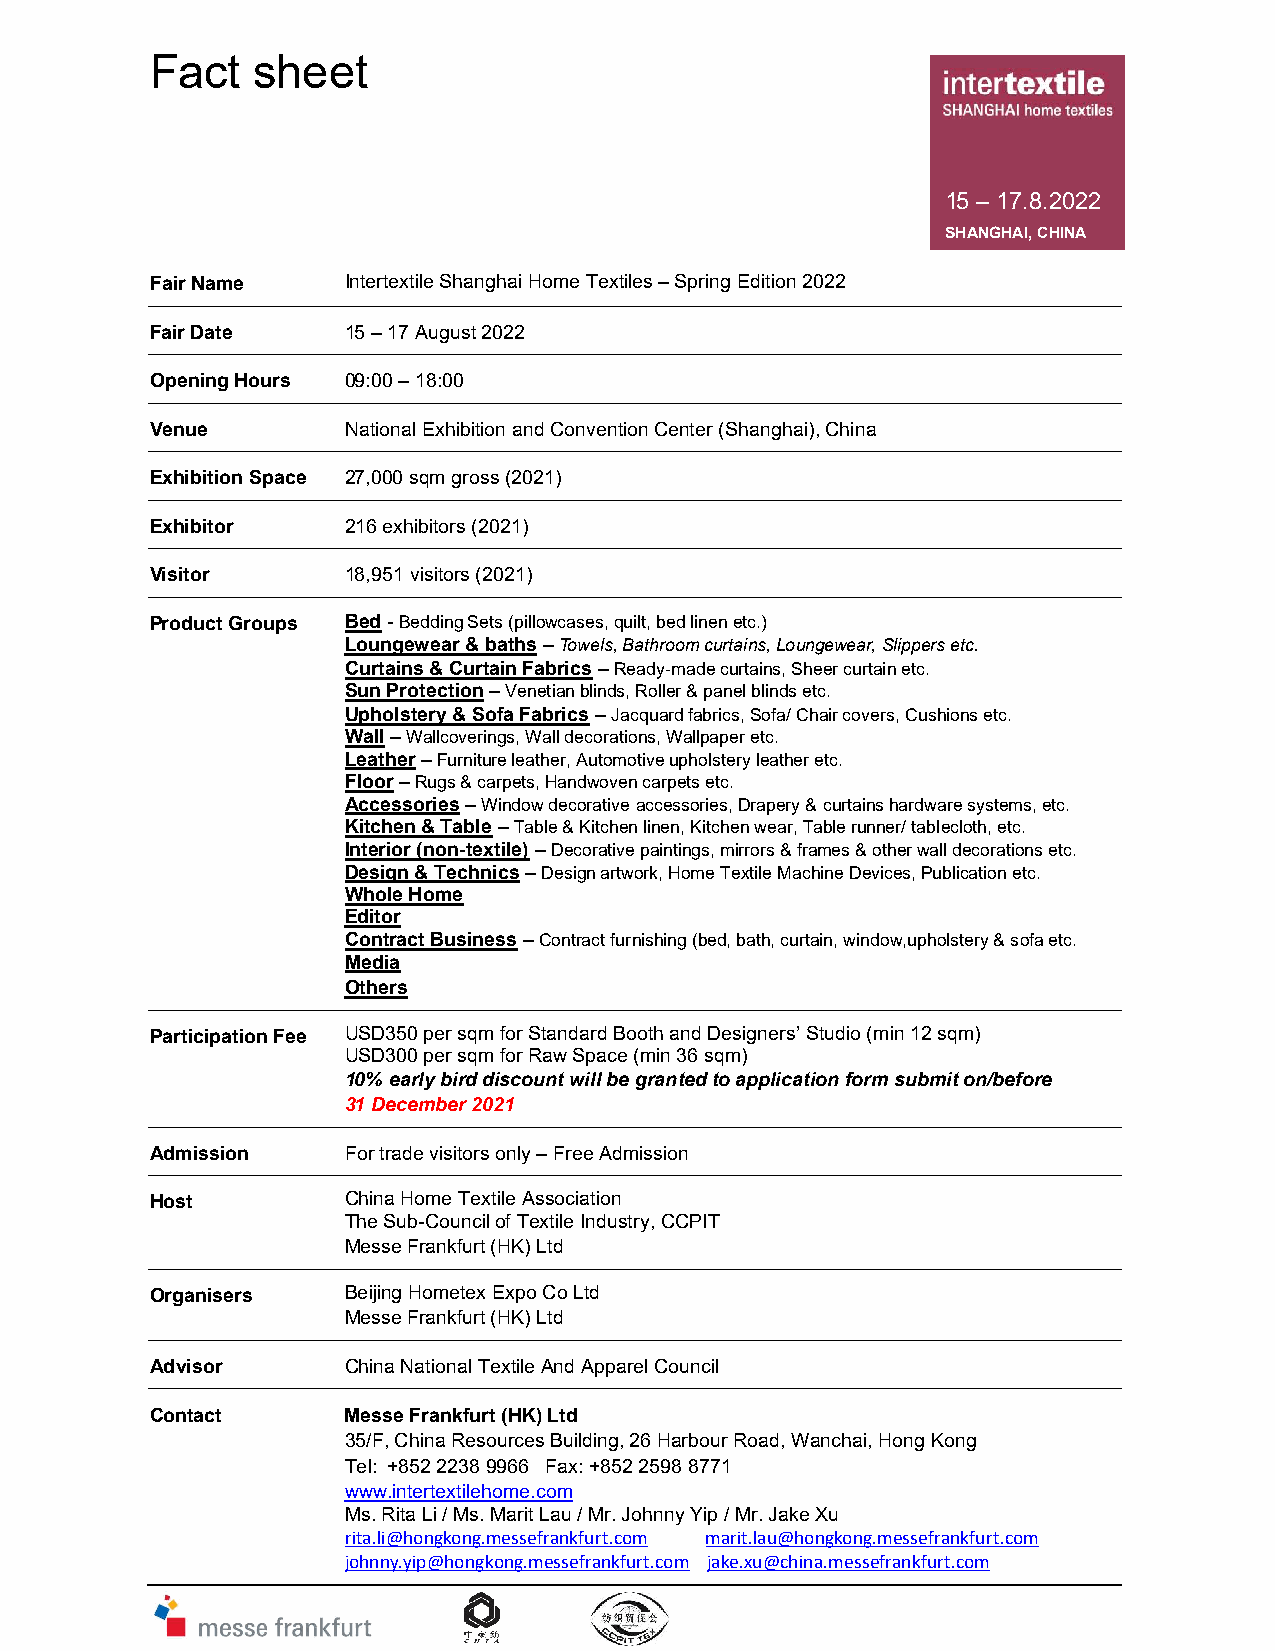
F act  sheet
 15 – 17.8.2022
 SHANGHAI, CHINA
 Fair Name    Intertextile Shanghai Home Textiles – Spring Edition 2022
 Fair Date    15 – 17 August 2022
 Opening Hours 09:00 – 18:00
 Venue        National Exhibition and Convention Center (Shanghai), China
 Exhibition Space 27,000 sqm gross (2021)
 Exhibitor    216 exhibitors (2021)
 Visitor      18,951 visitors (2021)
 Product Groups Bed - Bedding Sets (pillowcases, quilt, bed linen etc.)
 Loungewear & baths – Towels, Bathroom curtains, Loungewear, Slippers etc.
 Curtains & Curtain Fabrics – Ready-made curtains, Sheer curtain etc.
 Sun Protection – Venetian blinds, Roller & panel blinds etc.
 Upholstery & Sofa Fabrics – Jacquard fabrics, Sofa/ Chair covers, Cushions etc.
 Wall – Wallcoverings, Wall decorations, Wallpaper etc.
 Leather – Furniture leather, Automotive upholstery leather etc.
 Floor – Rugs & carpets, Handwoven carpets etc.
 Accessories – Window decorative accessories, Drapery & curtains hardware systems, etc.
 Kitchen & Table – Table & Kitchen linen, Kitchen wear, Table runner/ tablecloth, etc.
 Interior (non-textile) – Decorative paintings, mirrors & frames & other wall decorations etc.
 Design & Technics – Design artwork, Home Textile Machine Devices, Publication etc.
 Whole Home
 Editor
 Contract Business – Contract furnishing (bed, bath, curtain, window,upholstery & sofa etc.
 Media
 Others
 Participation Fee USD350 per sqm for Standard Booth and Designers’ Studio (min 12 sqm)
 USD300 per sqm for Raw Space (min 36 sqm)
 10% early bird discount will be granted to application form submit on/before
 31 December 2021
 Admission    For trade visitors only – Free Admission
 Host         China Home Textile Association
 The Sub-Council of Textile Industry, CCPIT
 Messe Frankfurt (HK) Ltd
 Organisers   Beijing Hometex Expo Co Ltd
 Messe Frankfurt (HK) Ltd
 Advisor      China National Textile And Apparel Council
 Contact      Messe Frankfurt (HK) Ltd
 35/F, China Resources Building, 26 Harbour Road, Wanchai, Hong Kong
 Tel: +852 2238 9966 Fax: +852 2598 8771
 www.intertextilehome.com
 Ms. Rita Li / Ms. Marit Lau / Mr. Johnny Yip / Mr. Jake Xu
 rita.li@hongkong.messefrankfurt.com marit.lau@hongkong.messefrankfurt.com
 johnny.yip@hongkong.messefrankfurt.com jake.xu@china.messefrankfurt.com